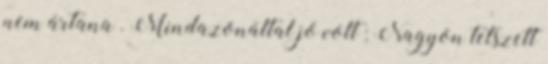
nem ártana . Mindazonáltal jó volt : Nagyon tetszett